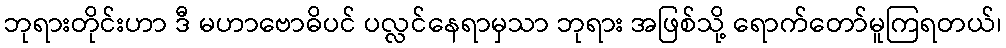
ဘုရားတိုင်းဟာ ဒီ မဟာဗောဓိပင် ပလ္လင်နေရာမှသာ ဘုရား အဖြစ်သို့ ရောက်တော်မူကြရတယ်၊